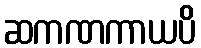
ဆကဏကာယပိ